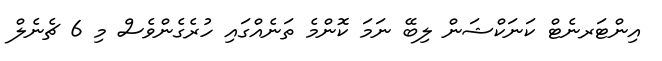
އިންޓަރނެޓް ކަނަކްޝަން ލިބޭ ނަމަ ކޮންމެ ތަނެއްގައި ހުރެގެންވެސް މި 6 ޗެނެލް